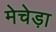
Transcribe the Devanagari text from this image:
मेचेड़ा